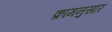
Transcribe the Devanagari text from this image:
क्रामनुसार